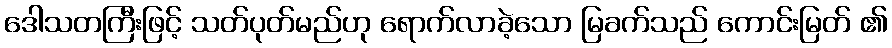
ဒေါသတကြီးဖြင့် သတ်ပုတ်မည်ဟု ရောက်လာခဲ့သော မြခက်သည် ကောင်းမြတ် ၏